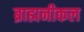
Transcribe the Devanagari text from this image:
ब्राह्मनीकल